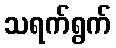
သရက်ရွက်